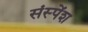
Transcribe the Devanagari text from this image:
संस्‍पेंश